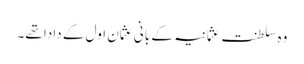
وہ سلطنت عثمانیہ کے بانی عثمان اول کے دادا تھے۔